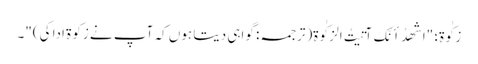
زکٰوۃ؛ "اَشهَدُ أَنَّکَ آتَیتُ الزکٰوةَ(ترجمہ: گواہی دیتا ہوں کہ آپ نے زکوۃ ادا کی)"۔